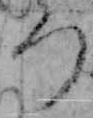
つ